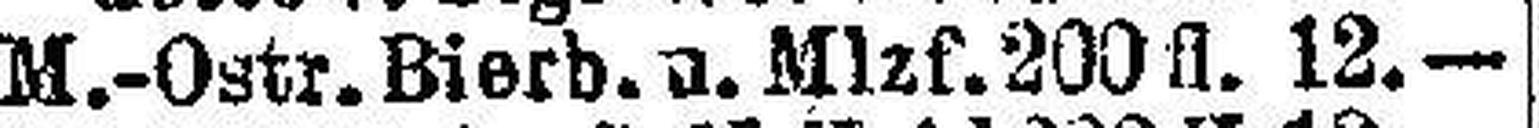
M.-Ostr. Bierb. u. Mlzf. 200 fl. 12.—